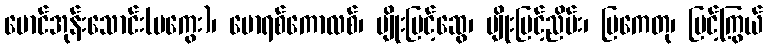
မောင်အုန်းသောင်း(မကွေး)၊ မောရစ်ကောလစ်၊ မျိုးမြင့်ဆွေ၊ မျိုးမြင့်ညိမ်း၊ မြကေတု၊ မြင့်ကြွယ်